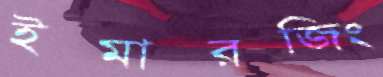
ইমারজিং